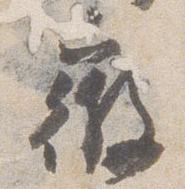
微